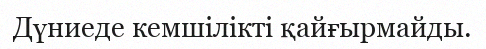
Дүниеде кемшілікті қайғырмайды.